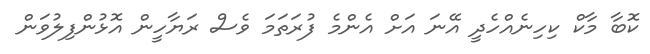
ކޮބާ މާކް ކިހިނެއްހެދީ އޭނަ އަށް އެންމެ ފުރަތަމަ ވެސް ރަޔާހީން އޮޅުންފިލުވަން